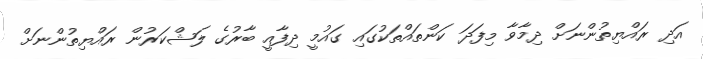
އަދި ރައްޔިތުންނަށް ދިމާވާ މިފަދަ ކަންތައްތަކުގައި ގައުމީ ދިފާއީ ބާރުގެ ލަޝްކަރުން ރައްޔިތުންނަށް